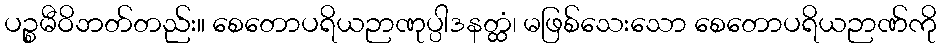
ပဉ္စမီဝိဘတ်တည်း။ စေတောပရိယဉာဏုပ္ပါဒနတ္ထံ၊ မဖြစ်သေးသော စေတောပရိယဉာဏ်ကို